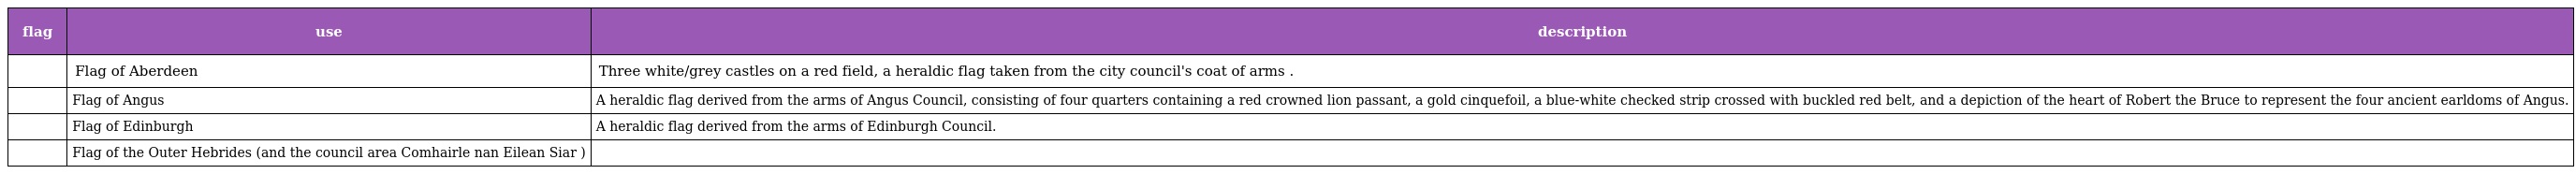
| flag | use | description |
 | --- | --- | --- |
 |  | Flag of Aberdeen | Three white/grey castles on a red field, a heraldic flag taken from the city council's coat of arms . |
 |  | Flag of Angus | A heraldic flag derived from the arms of Angus Council, consisting of four quarters containing a red crowned lion passant, a gold cinquefoil, a blue-white checked strip crossed with buckled red belt, and a depiction of the heart of Robert the Bruce to represent the four ancient earldoms of Angus. |
 |  | Flag of Edinburgh | A heraldic flag derived from the arms of Edinburgh Council. |
 |  | Flag of the Outer Hebrides (and the council area Comhairle nan Eilean Siar ) |  |